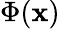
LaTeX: \Phi(\mathbf{x})